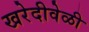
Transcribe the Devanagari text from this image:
खरेदीवेळी